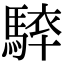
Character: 𩣰